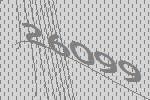
26099